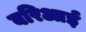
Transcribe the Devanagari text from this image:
बरिआई